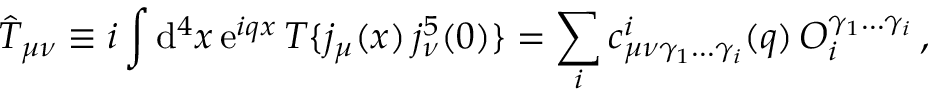
\hat { T } _ { \mu \nu } \equiv i \int \mathrm { d } ^ { 4 } x \, \mathrm { e } ^ { i q x } \, T \{ j _ { \mu } ( x ) \, j _ { \nu } ^ { 5 } ( 0 ) \} = \sum _ { i } c _ { \mu \nu \gamma _ { 1 } \ldots \gamma _ { i } } ^ { i } ( q ) \, { \cal O } _ { i } ^ { \gamma _ { 1 } \ldots \gamma _ { i } } \, ,